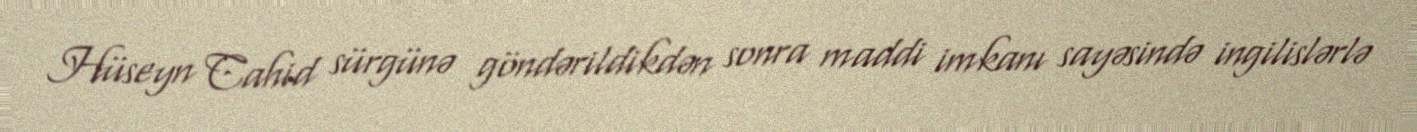
Hüseyn Cahid sürgünə göndərildikdən sonra maddi imkanı sayəsində ingilislərlə